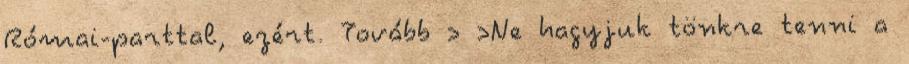
Római-parttal, ezért. Tovább › ›Ne hagyjuk tönkre tenni a